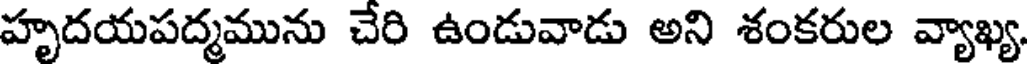
హృదయపద్మమును చేరి ఉండువాడు అని శంకరుల వ్యాఖ్య